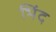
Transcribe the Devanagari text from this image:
भिंद